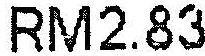
RM2.83